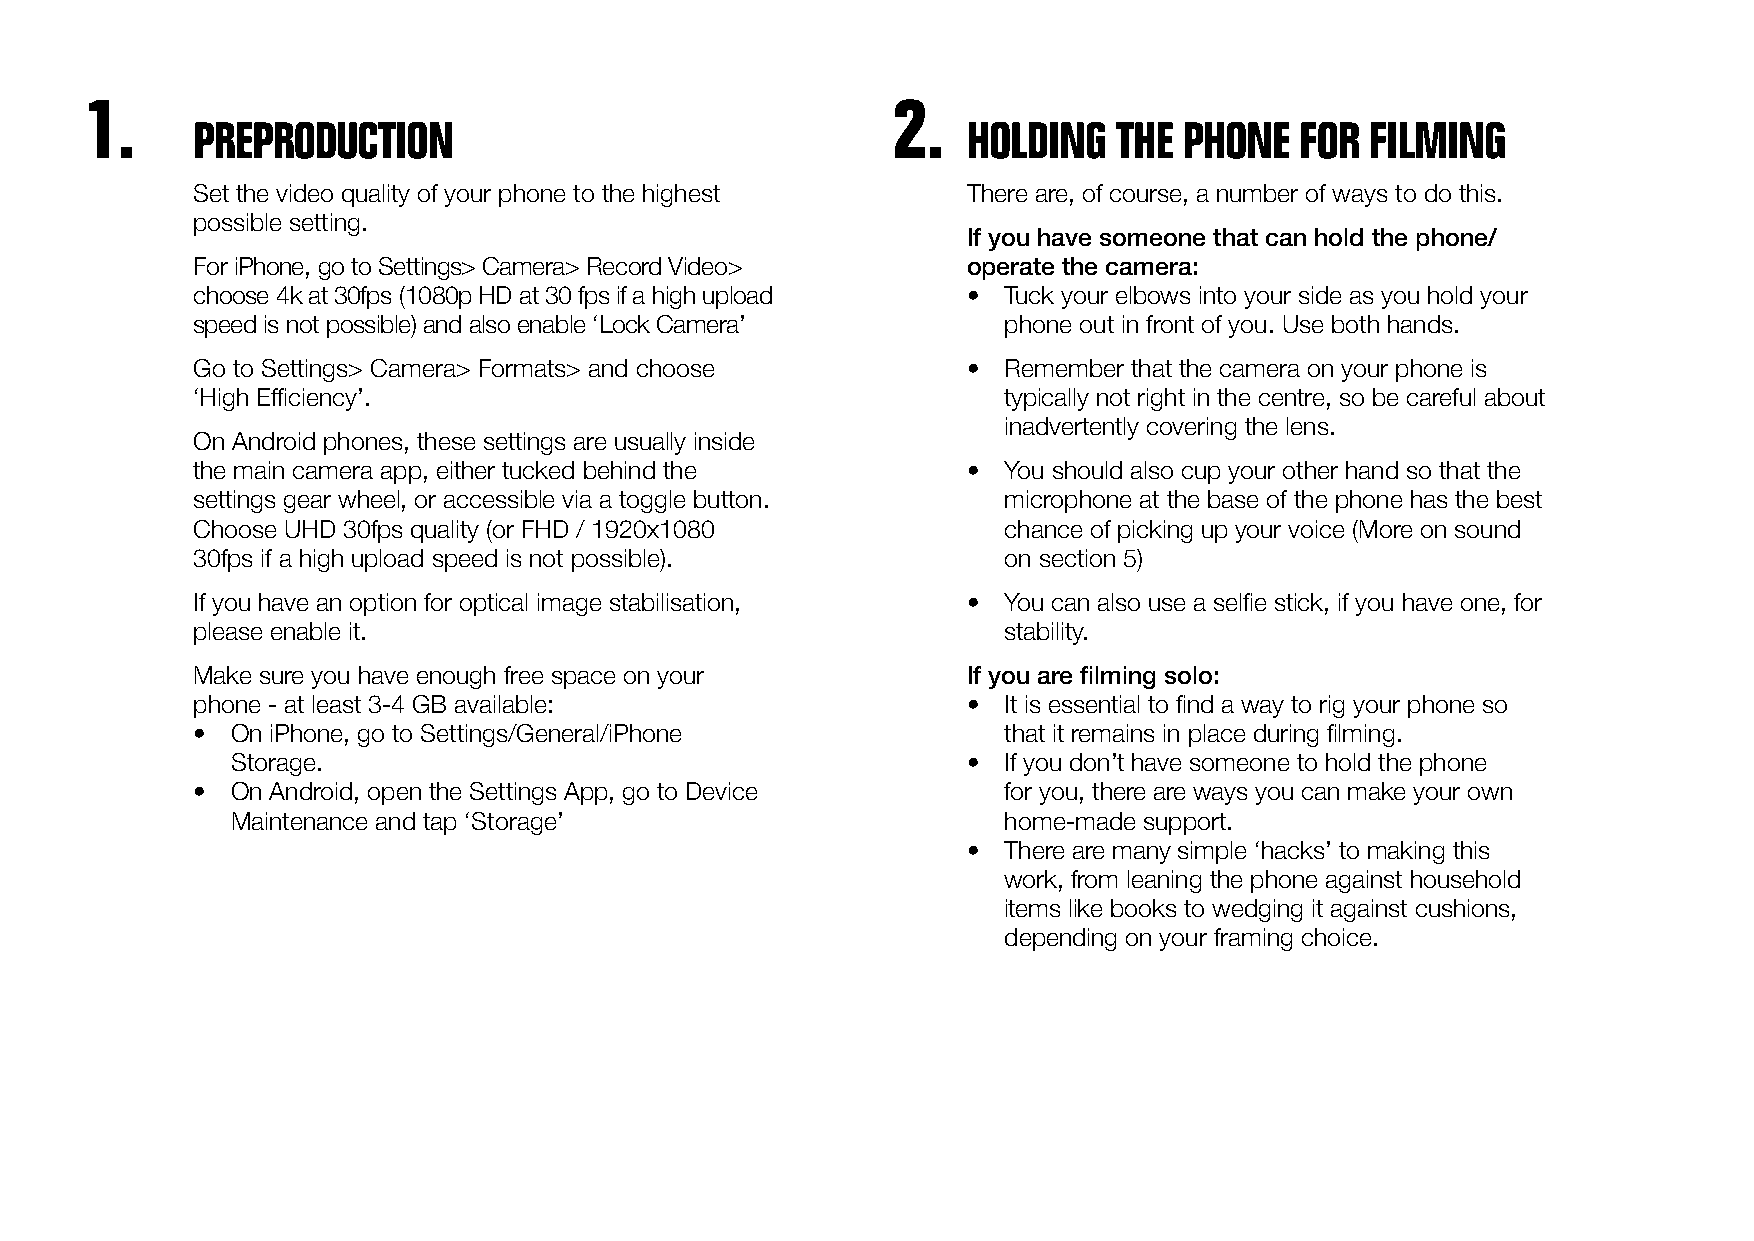
1.                                                   2.
 PREPRODUCTION                                      HOLDING   THE PHONE   FOR  FILMING
 Set the video quality of your phone to the highest There are, of course, a number of ways to do this.
 possible setting.
 If you have someone that can hold the phone/
 For iPhone, go to Settings> Camera> Record Video>  operate the camera:
 choose 4k at 30fps (1080p HD at 30 fps if a high upload • Tuck your elbows into your side as you hold your
 speed is not possible) and also enable ‘Lock Camera’ phone out in front of you. Use both hands.
 Go to Settings> Camera> Formats> and choose        • Remember that the camera on your phone is
 ‘High Efficiency’.                                   typically not right in the centre, so be careful about
 inadvertently covering the lens.
 On Android phones, these settings are usually inside
 the main camera app, either tucked behind the      • You should also cup your other hand so that the
 settings gear wheel, or accessible via a toggle button. microphone at the base of the phone has the best
 Choose UHD 30fps quality (or FHD / 1920x1080         chance of picking up your voice (More on sound
 30fps if a high upload speed is not possible).       on section 5)
 If you have an option for optical image stabilisation, • You can also use a selfie stick, if you have one, for
 please enable it.                                    stability.
 Make sure you have enough free space on your       If you are filming solo:
 phone - at least 3-4 GB available:                 • It is essential to find a way to rig your phone so
 • On iPhone, go to Settings/General/iPhone           that it remains in place during filming.
 Storage.                                         • If you don’t have someone to hold the phone
 • On Android, open the Settings App, go to Device    for you, there are ways you can make your own
 Maintenance and tap ‘Storage’                      home-made support.
 • There are many simple ‘hacks’ to making this
 work, from leaning the phone against household
 items like books to wedging it against cushions,
 depending on your framing choice.